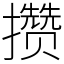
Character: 攒